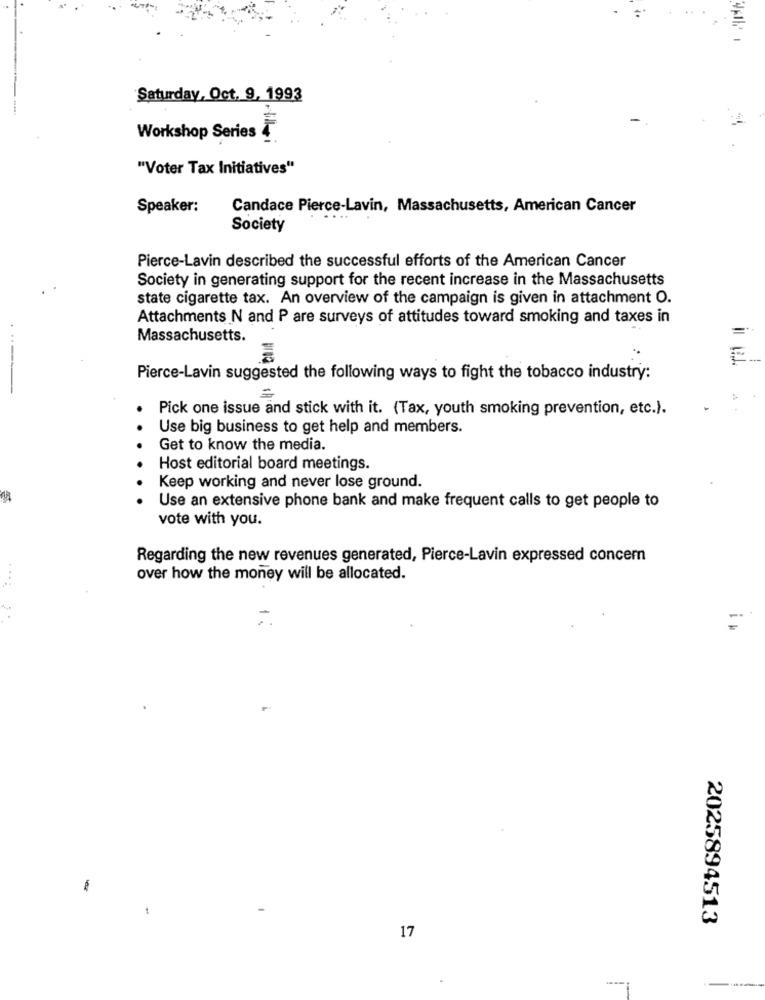
Saturday, Oct. 9, 1993
Workshop Series
"Voter Tax Initiatives"
Speaker:
Candace Pierce-Lavin, Massachusetts, American Cancer
Society
Pierce-Lavin described the successful efforts of the American Cancer
Society in generating support for the recent increase in the Massachusetts
state cigarette tax. An overview of the campaign is given in attachment O.
Attachments N and P are surveys of attitudes toward smoking and taxes in
Massachusetts.
Pierce-Lavin suggested the following ways to fight the tobacco industry:
Pick one issue and stick with it. (Tax, youth smoking prevention, etc.).
Use big business to get help and members.
Get to know the media.
Host editorial board meetings.
Keep working and never lose ground.
Use an extensive phone bank and make frequent calls to get people to
vote with you.
Regarding the new revenues generated, Pierce-Lavin expressed concern
over how the money will be allocated.
-er
2025894513
17